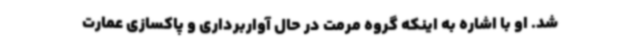
شد. او با اشاره به اینکه گروه مرمت در حال آواربرداری و پاکسازی عمارت